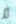
لا